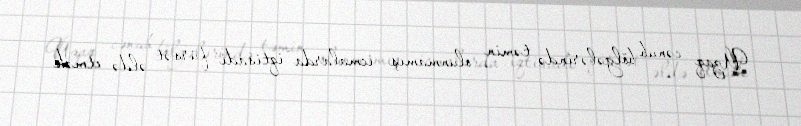
Uzaq cənub bölgələrində təmin olunmamış icmalarda iqtisadi fürsət əldə etmək